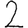
Digit: 2